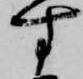
す